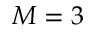
M = 3